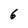
Character: 6